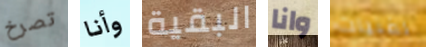
تصرخ وأنا البقية وانا لفتيات